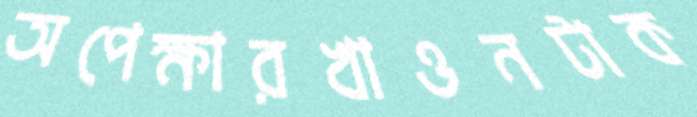
অপেক্ষারখাওনটাক